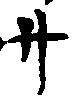
サ